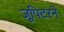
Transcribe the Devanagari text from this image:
जूपिटरने